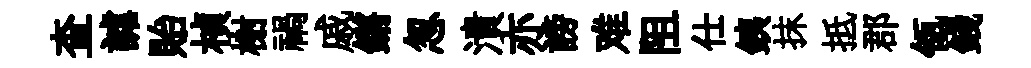
查謔貽楨榭禍戚鏘怱潰亦謗难阻仕銕抹抵郡瓴錢